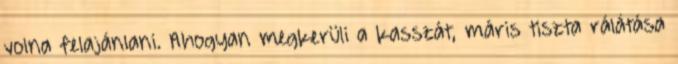
volna felajánlani. Ahogyan megkerüli a kasszát, máris tiszta rálátása